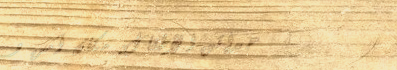
حدائق الأطفال: مكان آمن و